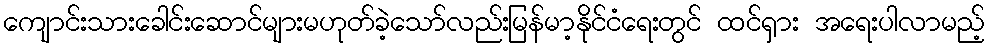
ကျောင်းသားခေါင်းဆောင်များမဟုတ်ခဲ့သော်လည်းမြန်မာ့နိုင်ငံရေးတွင် ထင်ရှား အရေးပါလာမည့်